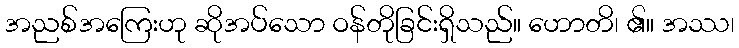
အညစ်အကြေးဟု ဆိုအပ်သော ဝန်တိုခြင်းရှိသည်။ ဟောတိ၊ ၏။ အဿ၊